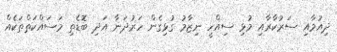
ދިއުމާއި ސަރުކާރާއި މުޅި ސިއްހީ ނިޒާމު ގުޅިގެން ހަރުދަނާ އަދި ބޮޑެތި މަސައްކަތްތަކެއް